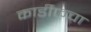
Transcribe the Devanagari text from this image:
कार्डीफचा